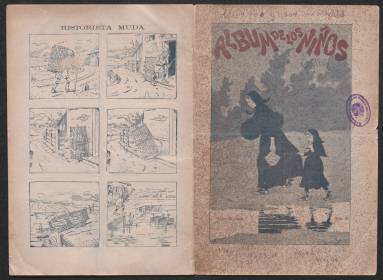
Título: Álbum de los niños (Madrid. 1900)
Colección: Revistas infantiles
Ámbito geográfico: Madrid
Fechas: 10/07/1900-20/05/1901